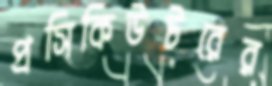
প্রসিকিউটরের